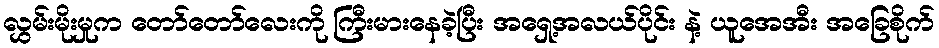
လွှမ်းမိုးမှုက တော်တော်လေးကို ကြီးမားနေခဲ့ပြီး အရှေ့အလယ်ပိုင်း နဲ့ ယူအေအီး အခြေစိုက်